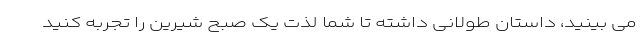
می بینید، داستان طولانی داشته تا شما لذت یک صبح شیرین را تجربه کنید